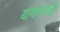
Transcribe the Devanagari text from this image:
यांवरूनही